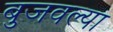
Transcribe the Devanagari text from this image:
बुजवल्या